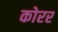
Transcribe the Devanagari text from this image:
कोरर